Annual report of the Punjab Veterinary College and of the Civil Veterinary Department, Punjab - 1926-1932
Year: 1926
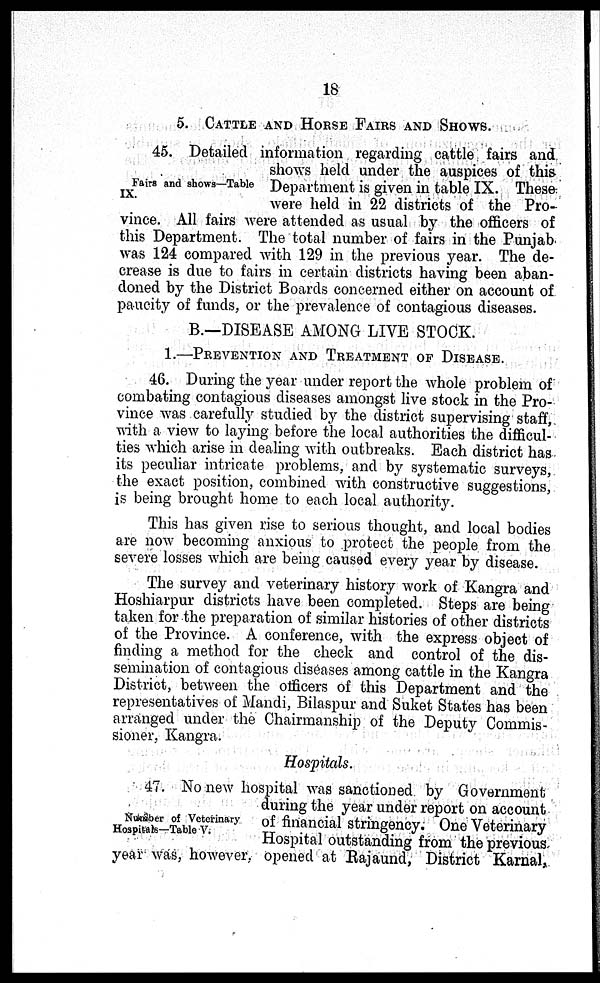
18
5. CATTLE AND HORSE FAIRS AND SHOWS.
Fairs and shows—Table
IX.
45. Detailed information regarding cattle fairs and
shows held under the auspices of this
Department is given in table IX. These
were held in 22 districts of the Pro-
vince. All fairs were attended as usual by the officers of
this Department. The total number of fairs in the Punjab
was 124 compared with 129 in the previous year. The de-
crease is due to fairs in certain districts having been aban-
doned by the District Boards concerned either on account of
paucity of funds, or the prevalence of contagious diseases.
B.—DISEASE AMONG LIVE STOCK.
1.—PREVENTION AND TREATMENT OF DISEASE.
46. During the year under report the whole problem of
combating contagious diseases amongst live stock in the Pro-
vince was carefully studied by the district supervising staff,
with a view to laying before the local authorities the difficul-
ties which arise in dealing with outbreaks. Each district has
its peculiar intricate problems, and by systematic surveys,
the exact position, combined with constructive suggestions,
is being brought home to each local authority.
This has given rise to serious thought, and local bodies
are now becoming anxious to protect the people from the
severe losses which are being caused every year by disease.
The survey and veterinary history work of Kangra and
Hoshiarpur districts have been completed. Steps are being
taken for the preparation of similar histories of other districts
of the Province. A conference, with the express object of
finding a method for the check and control of the dis-
semination of contagious diseases among cattle in the Kangra
District, between the officers of this Department and the
representatives of Mandi, Bilaspur and Suket States has been
arranged under the Chairmanship of the Deputy Commis-
sioner, Kangra.
Hospitals.
Number of Veterinary
Hospitals—Table V.
47. No new hospital was sanctioned by Government
during the year under report on account
of financial stringency. One Veterinary
Hospital outstanding from the previous.
year was, however, opened at Rajaund, District Karnal,